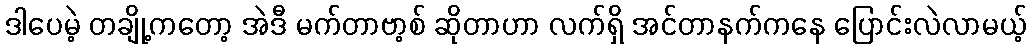
ဒါပေမဲ့ တချို့ကတော့ အဲဒီ မက်တာဗာ့စ် ဆိုတာဟာ လက်ရှိ အင်တာနက်ကနေ ပြောင်းလဲလာမယ့်